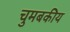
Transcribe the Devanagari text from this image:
चुमबकीय